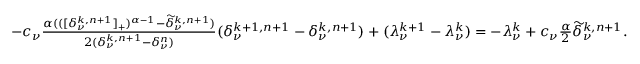
\begin{array} { r l } & { - c _ { \nu } \frac { \alpha ( ( [ \delta _ { \nu } ^ { k , n + 1 } ] _ { + } ) ^ { \alpha - 1 } - \widetilde \delta _ { \nu } ^ { k , n + 1 } ) } { 2 ( \delta _ { \nu } ^ { k , n + 1 } - \delta _ { \nu } ^ { n } ) } ( \delta _ { \nu } ^ { k + 1 , n + 1 } - \delta _ { \nu } ^ { k , n + 1 } ) + ( \lambda _ { \nu } ^ { k + 1 } - \lambda _ { \nu } ^ { k } ) = - \lambda _ { \nu } ^ { k } + c _ { \nu } \frac { \alpha } { 2 } \widetilde \delta _ { \nu } ^ { k , n + 1 } . } \end{array}